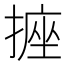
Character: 𭢂